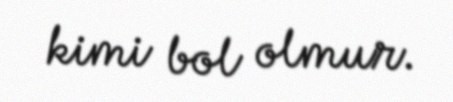
kimi bol olmur.